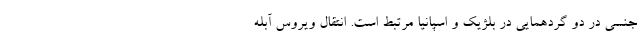
جنسی در دو گردهمایی در بلژیک و اسپانیا مرتبط است. انتقال ویروس آبله